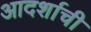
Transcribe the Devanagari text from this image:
आदर्शाची